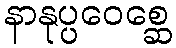
နာနုပ္ပဝေစ္ဆေ